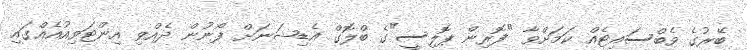
ބޭރުގެ ވެބްސައިޓެއް ކަމަށްވާ "ފޮރިން ޕޮލިސީ"ގެ ބްލޮގް އެޑިޝަނަށް ފޯނުން ދެއްވި އިންޓަވިއުއެއްގައި